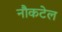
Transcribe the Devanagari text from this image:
नौकटेल